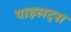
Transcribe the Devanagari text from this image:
पाइलट्स